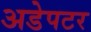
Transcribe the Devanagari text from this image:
अडेपटर